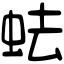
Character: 𧉧